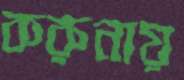
করুনায়